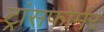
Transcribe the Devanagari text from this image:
ट्रांसफोर्मर